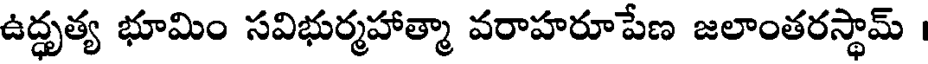
ఉద్ధృత్య భూమిం సవిభుర్మహాత్మా వరాహరూపేణ జలాంతరస్థామ్